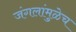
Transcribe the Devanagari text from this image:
जंगलांमुळेच